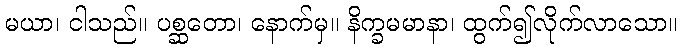
မယာ၊ ငါသည်။ ပစ္ဆတော၊ နောက်မှ။ နိက္ခမမာနာ၊ ထွက်၍လိုက်လာသော။